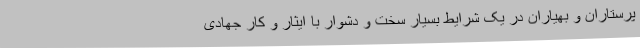
پرستاران و بهیاران در یک شرایط بسیار سخت و دشوار با ایثار و کار جهادی